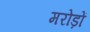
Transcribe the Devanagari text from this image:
मरोड़ों